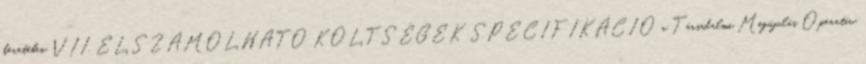
keretében VII. ELSZÁMOLHATÓ KÖLTSÉGEK SPECIFIKÁCIÓ a Társadalmi Megújulás Operatív